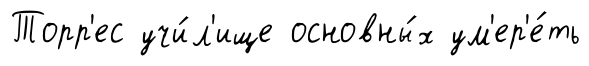
Торр'ес учи́л'ище основны́х ум'ер'е́ть